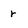
Character: r